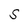
Character: S